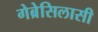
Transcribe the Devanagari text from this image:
गेब्रेसिलासी